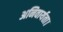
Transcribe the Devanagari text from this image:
अनिवार्यता।